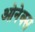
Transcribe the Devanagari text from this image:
ओनेक्स